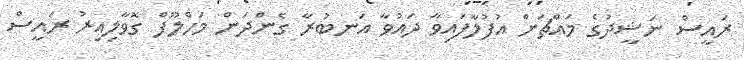
ރައީސް ނަޝީދުގެ މައްޗަށް އުފުލާފައިވާ ދައުވާ އަނބުރާ ގެންދަން މަހްލޫފް ގޮވާލިއިރު ރައީސް